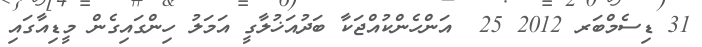
31 ޑިސެމްބަރ 2012 25  އަންހެންކުއްޖަކާ ބަދުއަޚުލާގީ އަމަލު ހިންގައިގެން މީޑިއާގައި